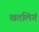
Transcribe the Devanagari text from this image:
खतलिगं